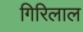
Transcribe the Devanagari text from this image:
गिरिलाल